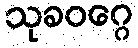
သုခဝဂ္ဂေ